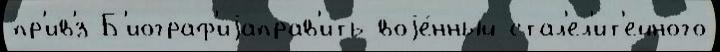
пр'ив'́з Б'иограф'иjаправ'ить воjе́нный стал'ел'ит'ейного